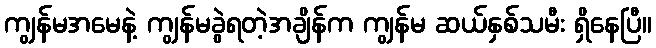
ကျွန်မအမေနဲ့ ကျွန်မခွဲရတဲ့အချိန်က ကျွန်မ ဆယ်နှစ်သမီး ရှိနေပြီ။